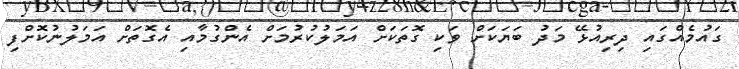
ގައުމެއްގައި ދިރިއުޅޭ މަދު ބަޔަކަށް ވަކި ގޮތަކަށް އަމަލުކުރުމަށް އެންގުމާއި އެގޮތަށް އަމަލުނުކޮށްފި